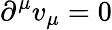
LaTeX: \partial^{\mu}v_{\mu}=0